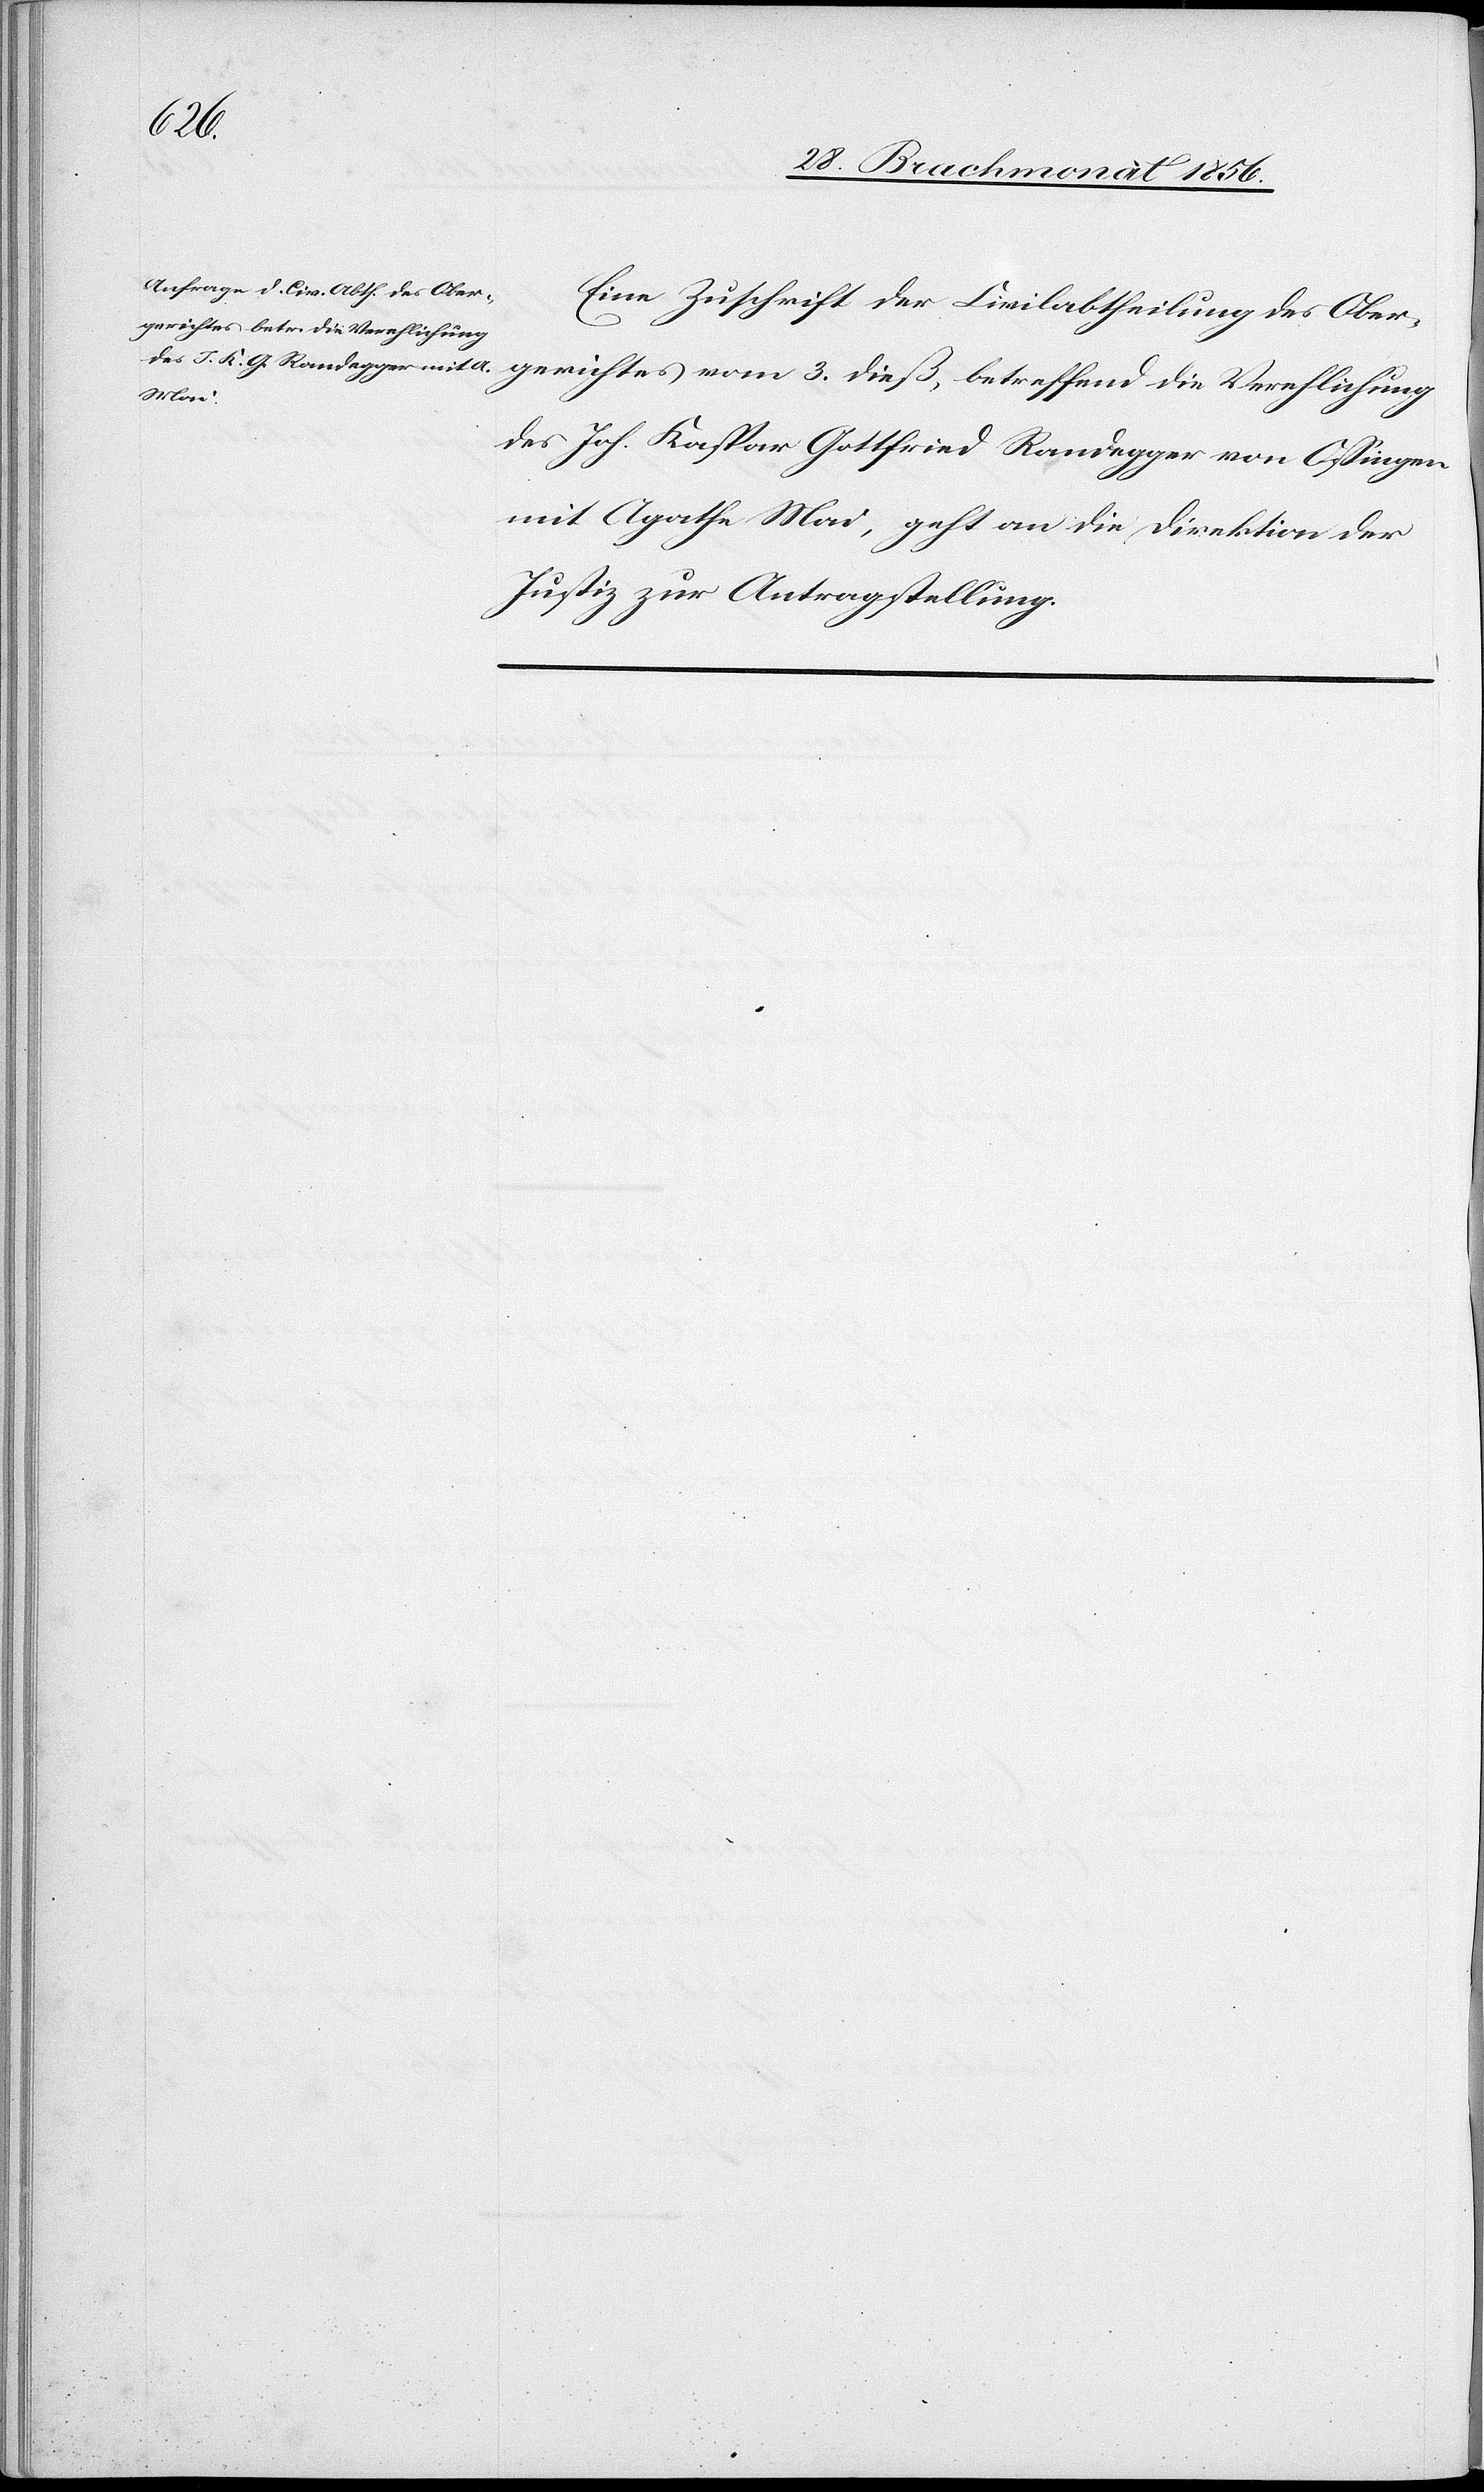
den 4.

Eine Zuschrift der Civilabtheilung des Ober¬
gerichtes vom 3. dieß, betreffend die Verehelichung
des Joh. Kaspar Gottfried Randegger von Ossingen
mit Agathe Mai, geht an die Direktion der
Justiz zur Antragstellung.